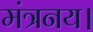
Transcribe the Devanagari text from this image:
मंत्रनय।